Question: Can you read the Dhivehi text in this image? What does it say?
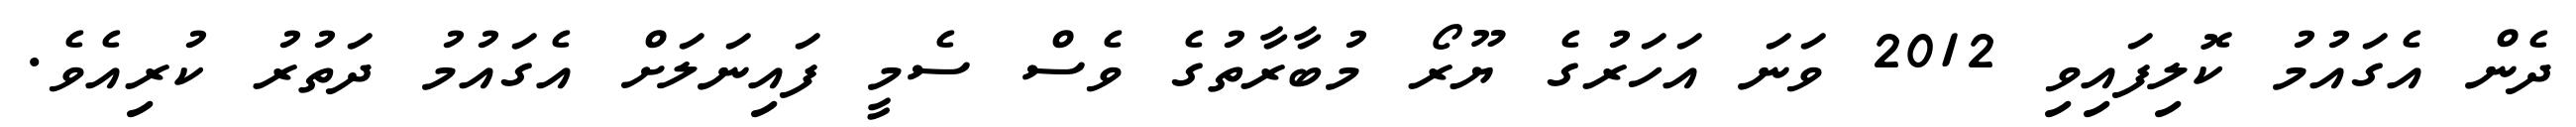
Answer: ދެން އެގައުމު ކޮލިފައިވި 2012 ވަނަ އަހަރުގެ ޔޫރޯ މުބާރާތުގެ ވެސް ސެމީ ފައިނަލަށް އެގައުމު ދަތުރު ކުރިއެވެ.